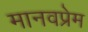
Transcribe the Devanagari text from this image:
मानवप्रेम